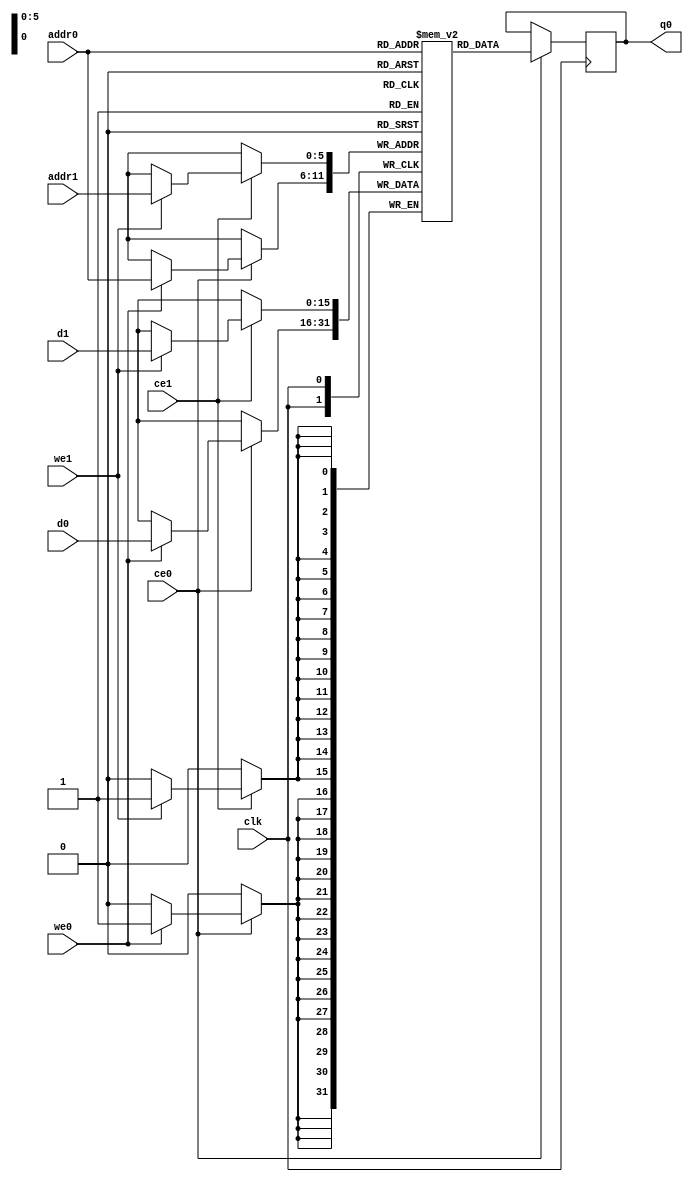
// ==============================================================
// Vivado(TM) HLS - High-Level Synthesis from C, C++ and SystemC v2019.2 (64-bit)
// Copyright 1986-2019 Xilinx, Inc. All Rights Reserved.
// ==============================================================
`timescale 1 ns / 1 ps
module conv_2d_cl_ss_ap_fixed_ap_fixed_16_4_4_1_0_config9_s_layesc4_ram (addr0, ce0, d0, we0, q0, addr1, ce1, d1, we1,  clk);

parameter DWIDTH = 16;
parameter AWIDTH = 6;
parameter MEM_SIZE = 64;

input[AWIDTH-1:0] addr0;
input ce0;
input[DWIDTH-1:0] d0;
input we0;
output reg[DWIDTH-1:0] q0;
input[AWIDTH-1:0] addr1;
input ce1;
input[DWIDTH-1:0] d1;
input we1;
input clk;

(* ram_style = "block" *)reg [DWIDTH-1:0] ram[0:MEM_SIZE-1];




always @(posedge clk)  
begin 
    if (ce0) begin
        if (we0) 
            ram[addr0] <= d0; 
        q0 <= ram[addr0];
    end
end


always @(posedge clk)  
begin 
    if (ce1) begin
        if (we1) 
            ram[addr1] <= d1; 
    end
end


endmodule

`timescale 1 ns / 1 ps
module conv_2d_cl_ss_ap_fixed_ap_fixed_16_4_4_1_0_config9_s_layesc4(
    reset,
    clk,
    address0,
    ce0,
    we0,
    d0,
    q0,
    address1,
    ce1,
    we1,
    d1);

parameter DataWidth = 32'd16;
parameter AddressRange = 32'd64;
parameter AddressWidth = 32'd6;
input reset;
input clk;
input[AddressWidth - 1:0] address0;
input ce0;
input we0;
input[DataWidth - 1:0] d0;
output[DataWidth - 1:0] q0;
input[AddressWidth - 1:0] address1;
input ce1;
input we1;
input[DataWidth - 1:0] d1;



conv_2d_cl_ss_ap_fixed_ap_fixed_16_4_4_1_0_config9_s_layesc4_ram conv_2d_cl_ss_ap_fixed_ap_fixed_16_4_4_1_0_config9_s_layesc4_ram_U(
    .clk( clk ),
    .addr0( address0 ),
    .ce0( ce0 ),
    .we0( we0 ),
    .d0( d0 ),
    .q0( q0 ),
    .addr1( address1 ),
    .ce1( ce1 ),
    .we1( we1 ),
    .d1( d1 ));

endmodule